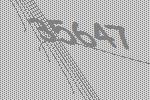
35647